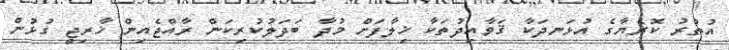
އުތުރު ކޮރެޔާގެ އުޅަނދަކާ ޤަވާއިދުތަކާ ޚިލާފަށް މުދާ ބަދަލުކުރިކަން ރާއްޖެއިން ޚާރިޖީ ގުޅުން